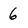
Character: 6